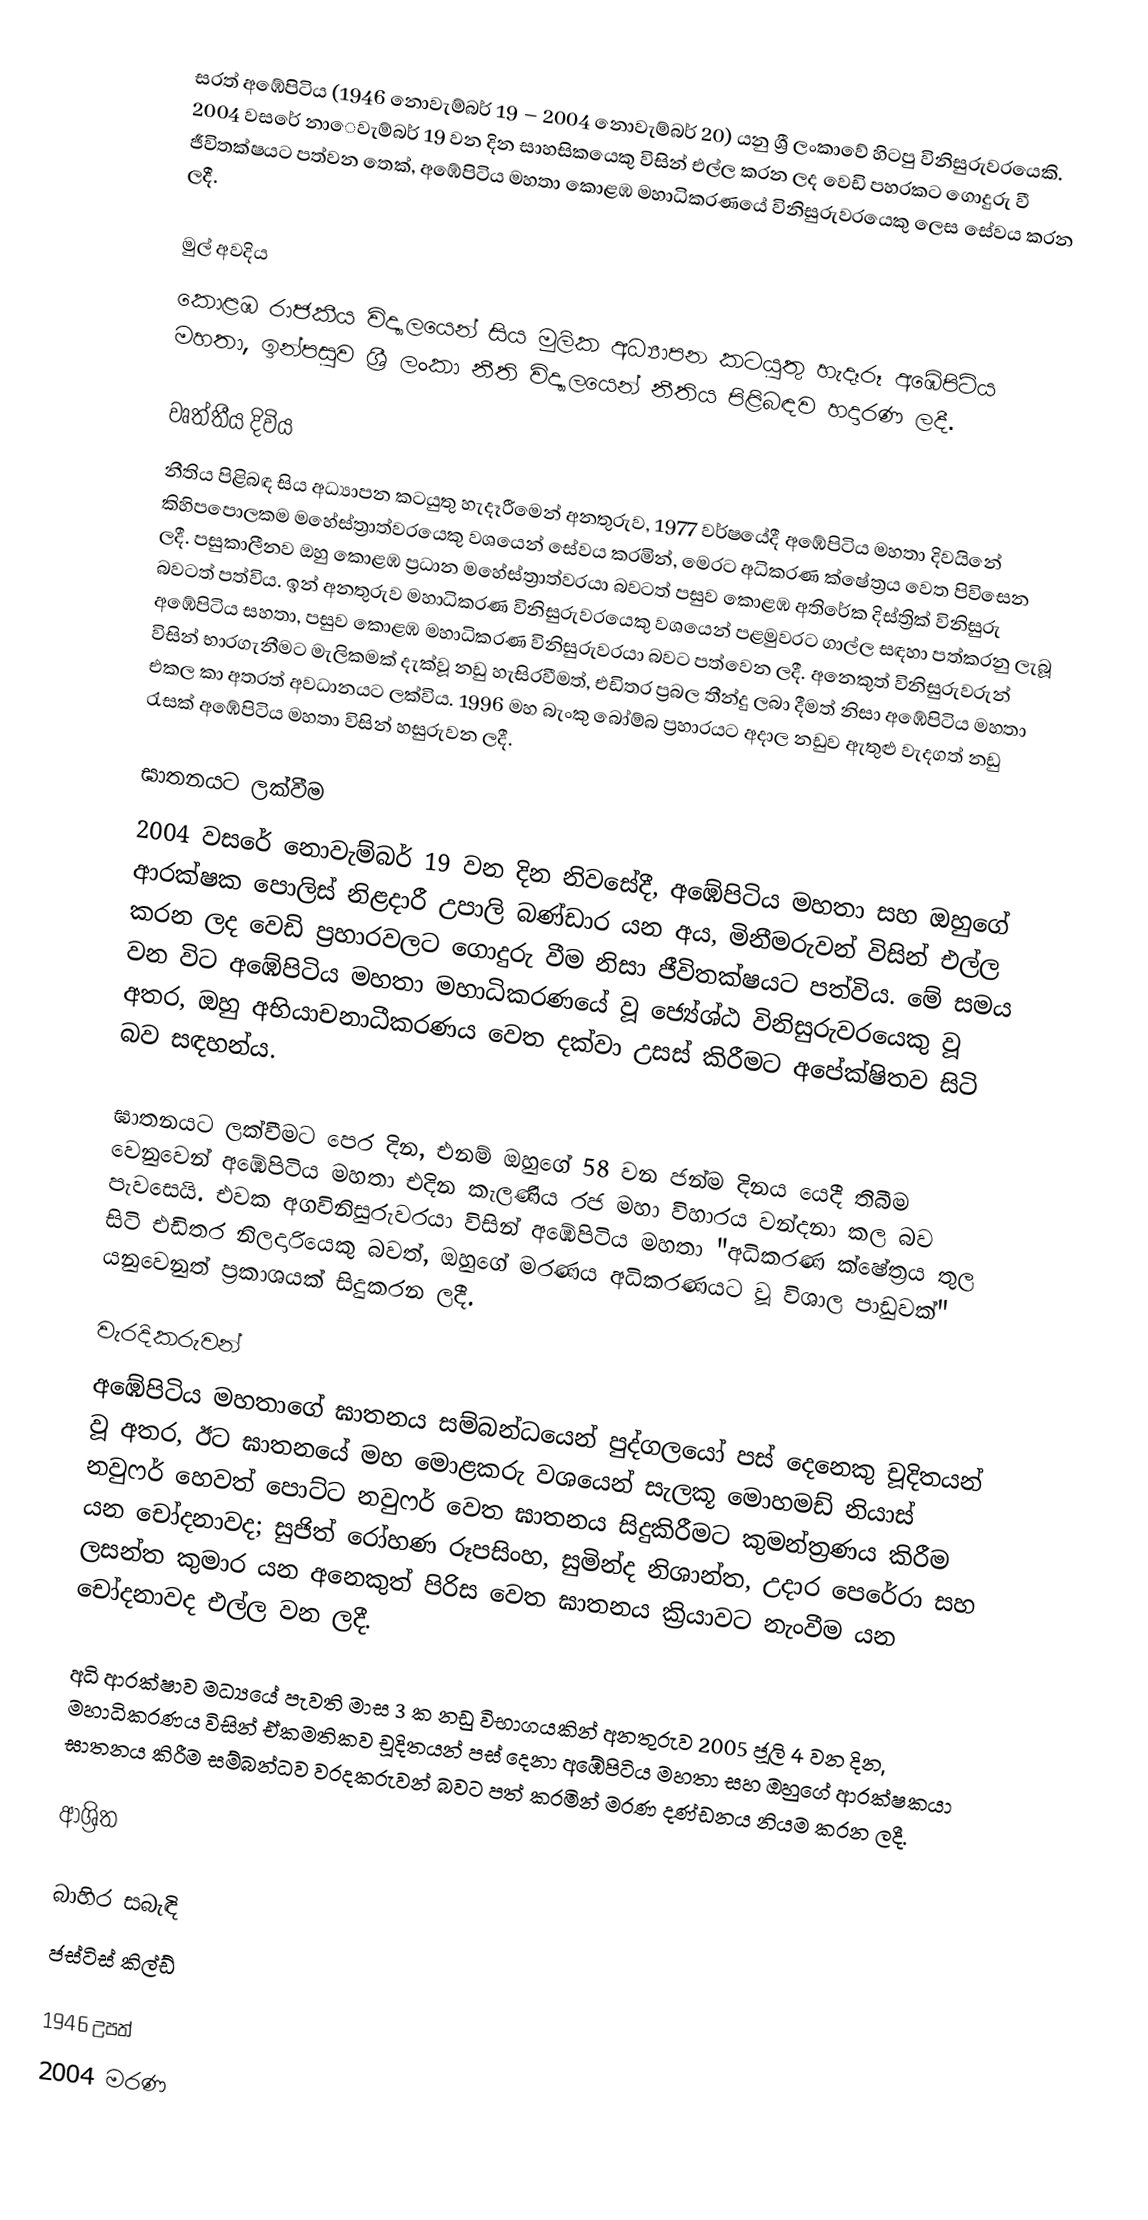
සරත් අඹේපිටිය (1946 නොවැම්බර් 19 – 2004 නොවැම්බර් 20) යනු ශ්‍රී ලංකාවේ හිටපු විනිසුරුවරයෙකි. 2004 වසරේ නාෙවැම්බර් 19 වන දින සාහසිකයෙකු විසින් එල්ල කරන ලද වෙඩි පහරකට ගොදුරු වී ජීවිතක්ෂයට පත්වන තෙක්, අඹේපිටිය මහතා කොළඹ මහාධිකරණයේ විනිසුරුවරයෙකු ලෙස සේවය කරන ලදී.

මුල් අවදිය
කොළඹ රාජකීය විද්‍යාලයෙන් සිය මුලික අධ්‍යාපන කටයුතු හැදෑරූ අඹේපිටිය මහතා, ඉන්පසුව ශ්‍රී ලංකා නීති විද්‍යාලයෙන් නීතිය පිළිබඳව හදාරණ ලදී.

වෘත්තීය දිවිය
නීතිය පිළිබඳ සිය අධ්‍යාපන කටයුතු හැදෑරීමෙන් අනතුරුව, 1977 වර්ෂයේදී අඹේපිටිය මහතා දිවයිනේ කිහිපපොලකම මහේස්ත්‍රාත්වරයෙකු වශයෙන් සේවය කරමින්, මෙරට අධිකරණ ක්ෂේත්‍රය වෙත පිවිසෙන ලදී. පසුකාලීනව ඔහු කොළඹ ප්‍රධාන මහේස්ත්‍රාත්වරයා බවටත් පසුව කොළඹ අතිරේක දිස්ත්‍රික් විනිසුරු බවටත් පත්විය. ඉන් අනතුරුව මහාධිකරණ විනිසුරුවරයෙකු වශයෙන් පළමුවරට ගාල්ල සඳහා පත්කරනු ලැබූ අඹේපිටිය සහතා, පසුව කොළඹ මහාධිකරණ විනිසුරුවරයා බවට පත්වෙන ලදී. අනෙකුත් විනිසුරුවරුන් විසින් භාරගැනීමට මැලිකමක් දැක්වූ නඩු හැසිරවීමත්, එඩිතර ප්‍රබල තීන්දු ලබා දීමත් නිසා අඹේපිටිය මහතා එකල කා අතරත් අවධානයට ලක්විය. 1996 මහ බැංකු බෝම්බ ප්‍රහාරයට අදාල නඩුව ඇතුළු වැදගත් නඩු රැසක් අඹේපිටිය මහතා විසින් හසුරුවන ලදී.

ඝාතනයට ලක්වීම
2004 වසරේ නොවැම්බර් 19 වන දින නිවසේදී, අඹේපිටිය මහතා සහ ඔහුගේ ආරක්ෂක පොලිස් නිළදාරී උපාලි බණ්ඩාර යන අය, මිනීමරුවන් විසින් එල්ල කරන ලද වෙඩි ප්‍රහාරවලට ගොදුරු වීම නිසා ජීවිතක්ෂයට පත්විය. මේ සමය වන විට අඹේපිටිය මහතා මහාධිකරණයේ වූ ජ්‍යේශ්ඨ විනිසුරුවරයෙකු වූ අතර, ඔහු අභියාචනාධීකරණය වෙත දක්වා උසස් කිරීමට අපේක්ෂිතව සිටි බව සඳහන්ය.

ඝාතනයට ලක්වීමට පෙර දින, එනම් ඔහුගේ 58 වන ජන්ම දිනය යෙදී තිබීම වෙනුවෙන් අඹේපිටිය මහතා එදින කැලණිය රජ මහා විහාරය වන්දනා කල බව පැවසෙයි. එවක අගවිනිසුරුවරයා විසින් අඹේපිටිය මහතා "අධිකරණ ක්ෂේත්‍රය තුල සිටි එඩිතර නිලදාරියෙකු බවත්, ඔහුගේ මරණය අධිකරණයට වූ විශාල පාඩුවක්" යනුවෙනුත් ප්‍රකාශයක් සිදුකරන ලදී.

වැරදිකරුවන්
අඹේපිටිය මහතාගේ ඝාතනය සම්බන්ධයෙන් පුද්ගලයෝ පස් දෙනෙකු චූදිතයන් වූ අතර, ඊට ඝාතනයේ මහ මොළකරු වශයෙන් සැලකූ මොහමඩ් නියාස් නවුෆර් හෙවත් පොට්ට නවුෆර් වෙත ඝාතනය සිදුකිරීමට කුමන්ත්‍රණය කිරීම යන චෝදනාවද; සුජිත් රෝහණ රූපසිංහ, සුමින්ද නිශාන්ත, උදාර පෙරේරා සහ ලසන්ත කුමාර යන අනෙකුත් පිරිස වෙත ඝාතනය ක්‍රියාවට නැංවීම යන චෝදනාවද එල්ල වන ලදී.

අධි ආරක්ෂාව මධ්‍යයේ පැවති මාස 3 ක නඩු විභාගයකින් අනතුරුව 2005 ජූලි 4 වන දින, මහාධිකරණය විසින් ඒකමතිකව චූදිතයන් පස් දෙනා අඹේපිටිය මහතා සහ ඔහුගේ ආරක්ෂකයා ඝාතනය කිරීම සම්බන්ධව වරදකරුවන් බවට පත් කරමින් මරණ දණ්ඩනය නියම කරන ලදී.

ආශ්‍රිත

බාහිර සබැඳි
 ජස්ටිස් කිල්ඩ්

1946 උපත්
2004 මරණ